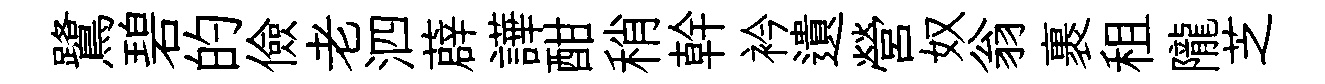
鷺碧的儉老泗薜譁酣稍幹衿遺營奴翁裹租隴芝